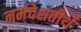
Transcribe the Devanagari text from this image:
नर्मदेशतीर्थ